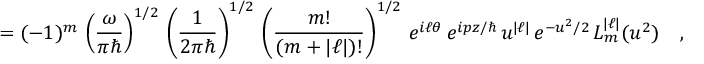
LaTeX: = ( - 1 ) ^ { m } \, \left( \frac { \omega } { \pi \hbar } \right) ^ { 1 / 2 } \, \left( \frac { 1 } { 2 \pi \hbar } \right) ^ { 1 / 2 } \, \left( \frac { m ! } { ( m + | \ell | ) ! } \right) ^ { 1 / 2 } \, e ^ { i \ell \theta } \, e ^ { i p z / \hbar } \, u ^ { | \ell | } \, e ^ { - u ^ { 2 } / 2 } \, L _ { m } ^ { | \ell | } ( u ^ { 2 } ) \ \ \ ,